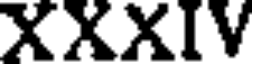
XXXIV